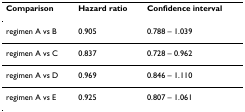
<table><thead><tr><td><b>Comparison</b></td><td><b>Hazard ratio</b></td><td><b>Confidence interval</b></td></tr></thead><tbody><tr><td>regimen A vs B</td><td>0.905</td><td>0.788 – 1.039</td></tr><tr><td>regimen A vs C</td><td>0.837</td><td>0.728 – 0.962</td></tr><tr><td>regimen A vs D</td><td>0.969</td><td>0.846 – 1.110</td></tr><tr><td>regimen A vs E</td><td>0.925</td><td>0.807 – 1.061</td></tr></tbody></table>